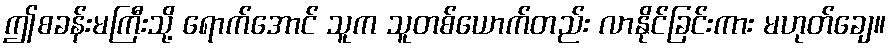
ဤစခန်းမကြီးသို့ ရောက်အောင် သူက သူတစ်ယောက်တည်း လာနိုင်ခြင်းကား မဟုတ်ချေ။